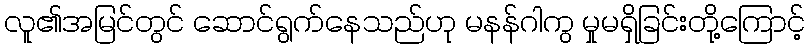
လူ၏အမြင်တွင် ဆောင်ရွက်နေသည်ဟု မနန်ဂါကွ မှုမရှိခြင်းတို့ကြောင့်